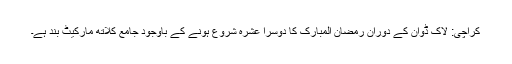
کراچی: لاک ڈوان کے دوران رمضان المبارک کا دوسرا عشرہ شروع ہونے کے باوجود جامع کلاتھ مارکیٹ بند ہے۔